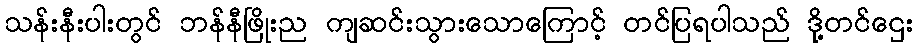
သန်းနီးပါးတွင် ဘန်နီဖြိုးည ကျဆင်းသွားသောကြောင့် တင်ပြရပါသည် ဒို့တင်ဌေး